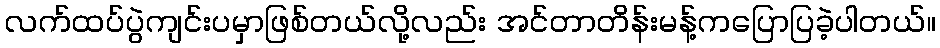
လက်ထပ်ပွဲကျင်းပမှာဖြစ်တယ်လို့လည်း အင်တာတိန်းမန့်ကပြောပြခဲ့ပါတယ်။